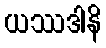
ယဿဒါနိ